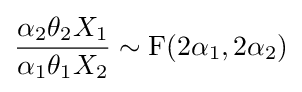
{\frac {\alpha _{2}\theta _{2}X_{1}}{\alpha _{1}\theta _{1}X_{2}}}\sim \mathrm {F} (2\alpha _{1},2\alpha _{2})